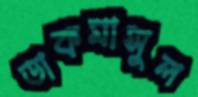
ডাকমাসুল